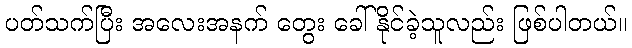
ပတ်သက်ပြီး အလေးအနက် တွေး ခေါ်နိုင်ခဲ့သူလည်း ဖြစ်ပါတယ်။